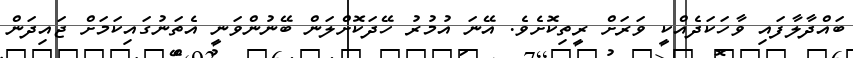
ބައްދާލާފައި ވާހަކަދެއްކީ ވަރަށް ރީތިކޮށެވެ. އޭނަ އުމުރު ހޭދަކޮށްލަން ބޭނުންވަނީ އެތަނުގައިކަމަށް ޖައިދަން